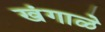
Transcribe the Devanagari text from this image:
खंगाळे